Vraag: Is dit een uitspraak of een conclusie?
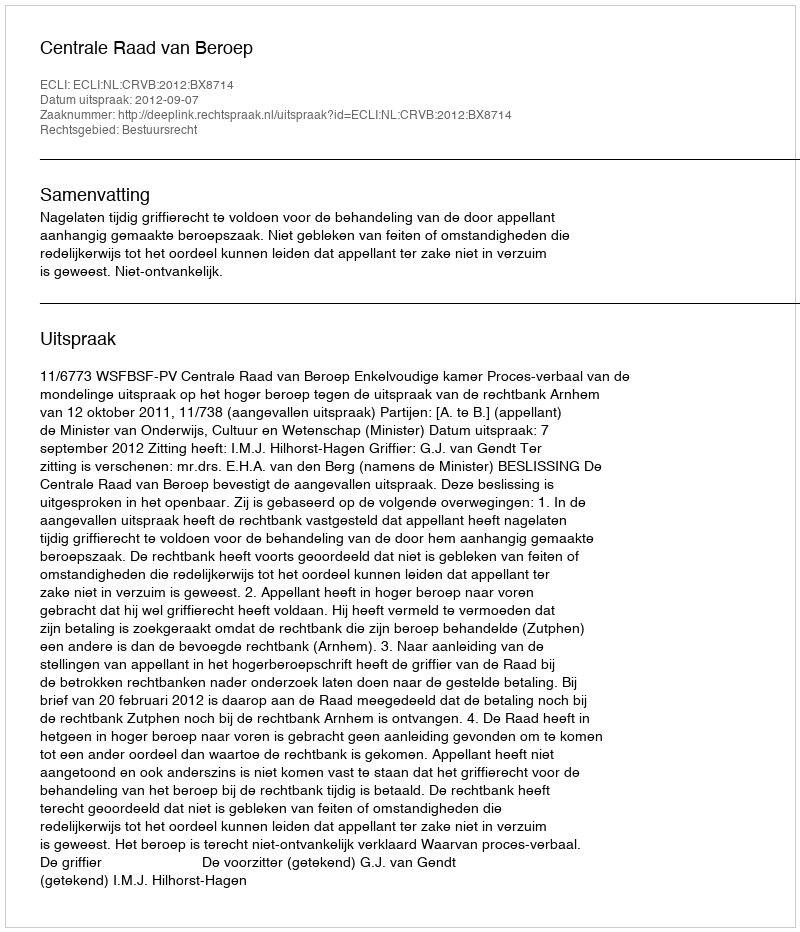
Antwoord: Uitspraak